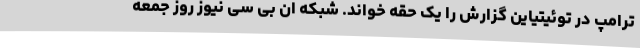
ترامپ در توئیتیاین گزارش را یک حقه خواند. شبکه ان بی سی نیوز روز جمعه